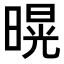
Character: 𭧌